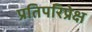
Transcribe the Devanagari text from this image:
प्रतिपरिप्रेक्ष